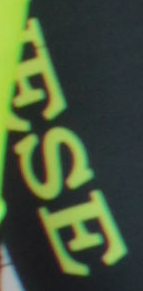
ESE